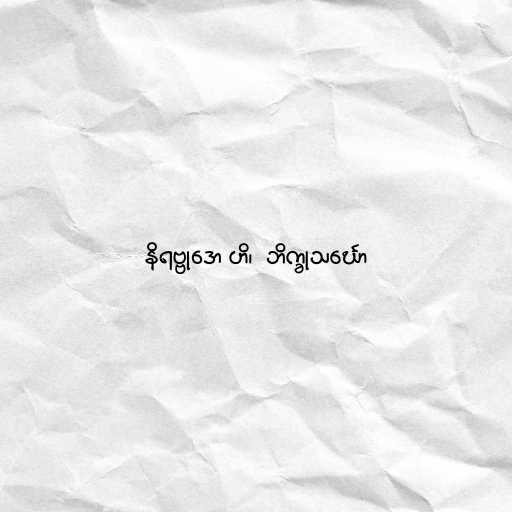
နိရဗ္ဗုဒော ဟိ၊  ဘိက္ခုသင်္ဃော